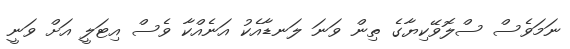
ނަމަވެސް ސްލޮވޭކިޔާގެ ތިން ވަނަ ލަނޑާއެކު އަނެއްކާ ވެސް އިޓަލީ އަށް ވަނީ